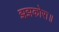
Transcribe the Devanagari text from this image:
झझकोरा॥